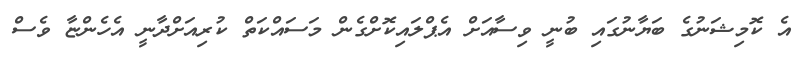
އެ ކޮމިޝަނުގެ ބަޔާނުގައި ބުނީ ވިސާއަށް އެޕްލައިކޮށްގެން މަސައްކަތް ކުރިއަށްދާނީ އެހެންޏާ ވެސް